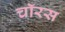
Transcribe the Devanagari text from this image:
चॉरस